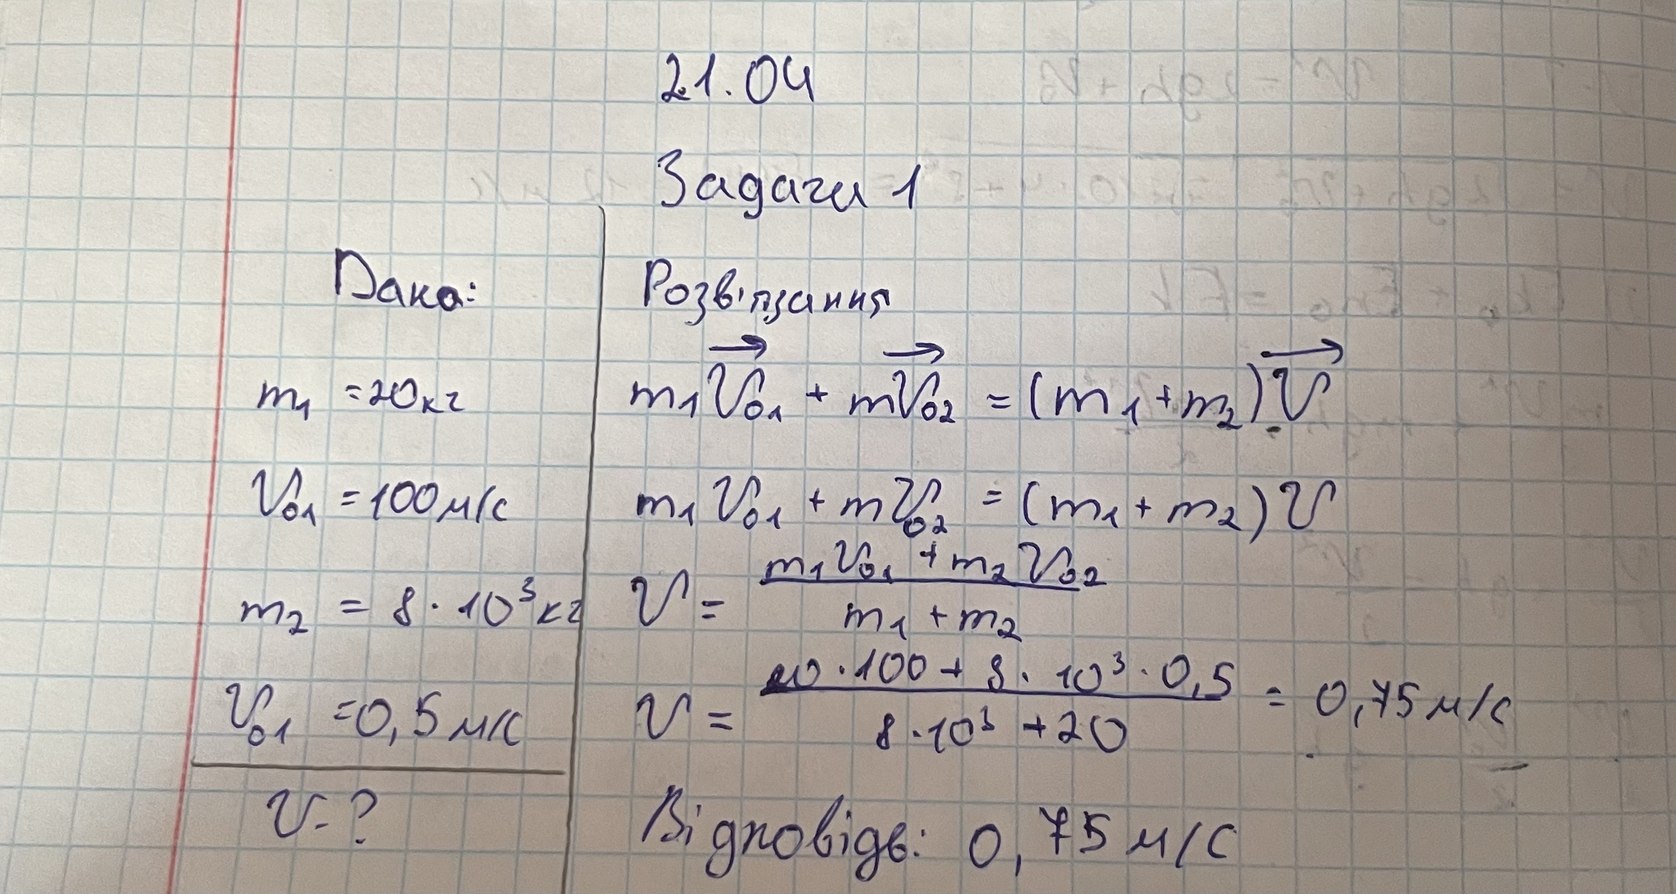
21.04
Задача 1
Дано:
Розв'язання
m1V01+mV02 = (m1+m2)V
m1 = 20кг
V_{01} = 100 м/с
m1 V01 + m V02 = (m1+m2)V
V = m1V01+m2V02/m1+m2
m2 = 8*10^3кг
V = 20*100+8*10^3*0,5/8*10^3+20 = 0,75 м/с
V_{01} = 0,5 м/с
V-?
Відповідь: 0,75 м/с